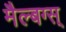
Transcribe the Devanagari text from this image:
मैल्बग्स्